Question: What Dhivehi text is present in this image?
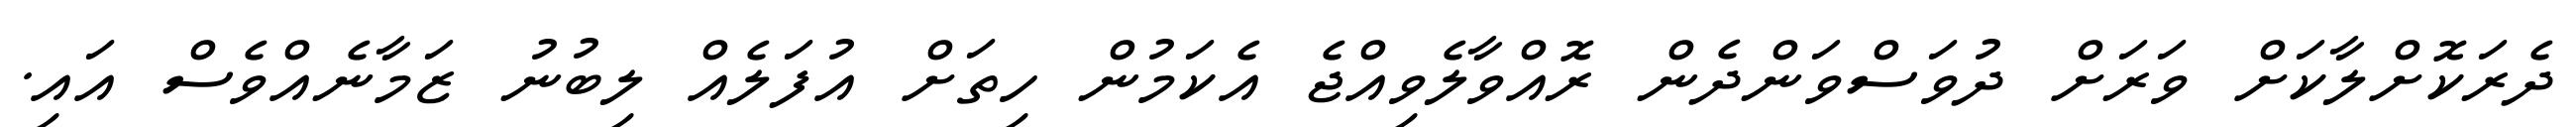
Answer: ދެރަކޮށްލާކަށް ވަރަށް ދުވަސްވަންދެން ރޮއްވާލެވިއްޖެ އެކަމުން ހިތަށް އުފަލެއް ލިބުނު ޒަމާނެއްވެސް އައި.